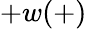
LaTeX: +w(+)